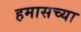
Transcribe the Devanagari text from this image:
हमासच्या